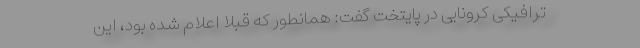
ترافیکی کرونایی در پایتخت گفت: همانطور که قبلا اعلام شده بود، این